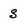
Character: S